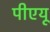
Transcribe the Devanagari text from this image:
पीएयू